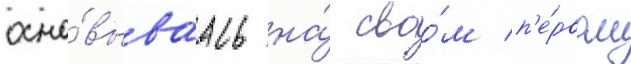
осно́вываась на́ своо́м п'е́рвом